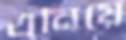
এনিয়ে